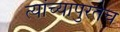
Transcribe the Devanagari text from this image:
त्यांच्यापुरतेच